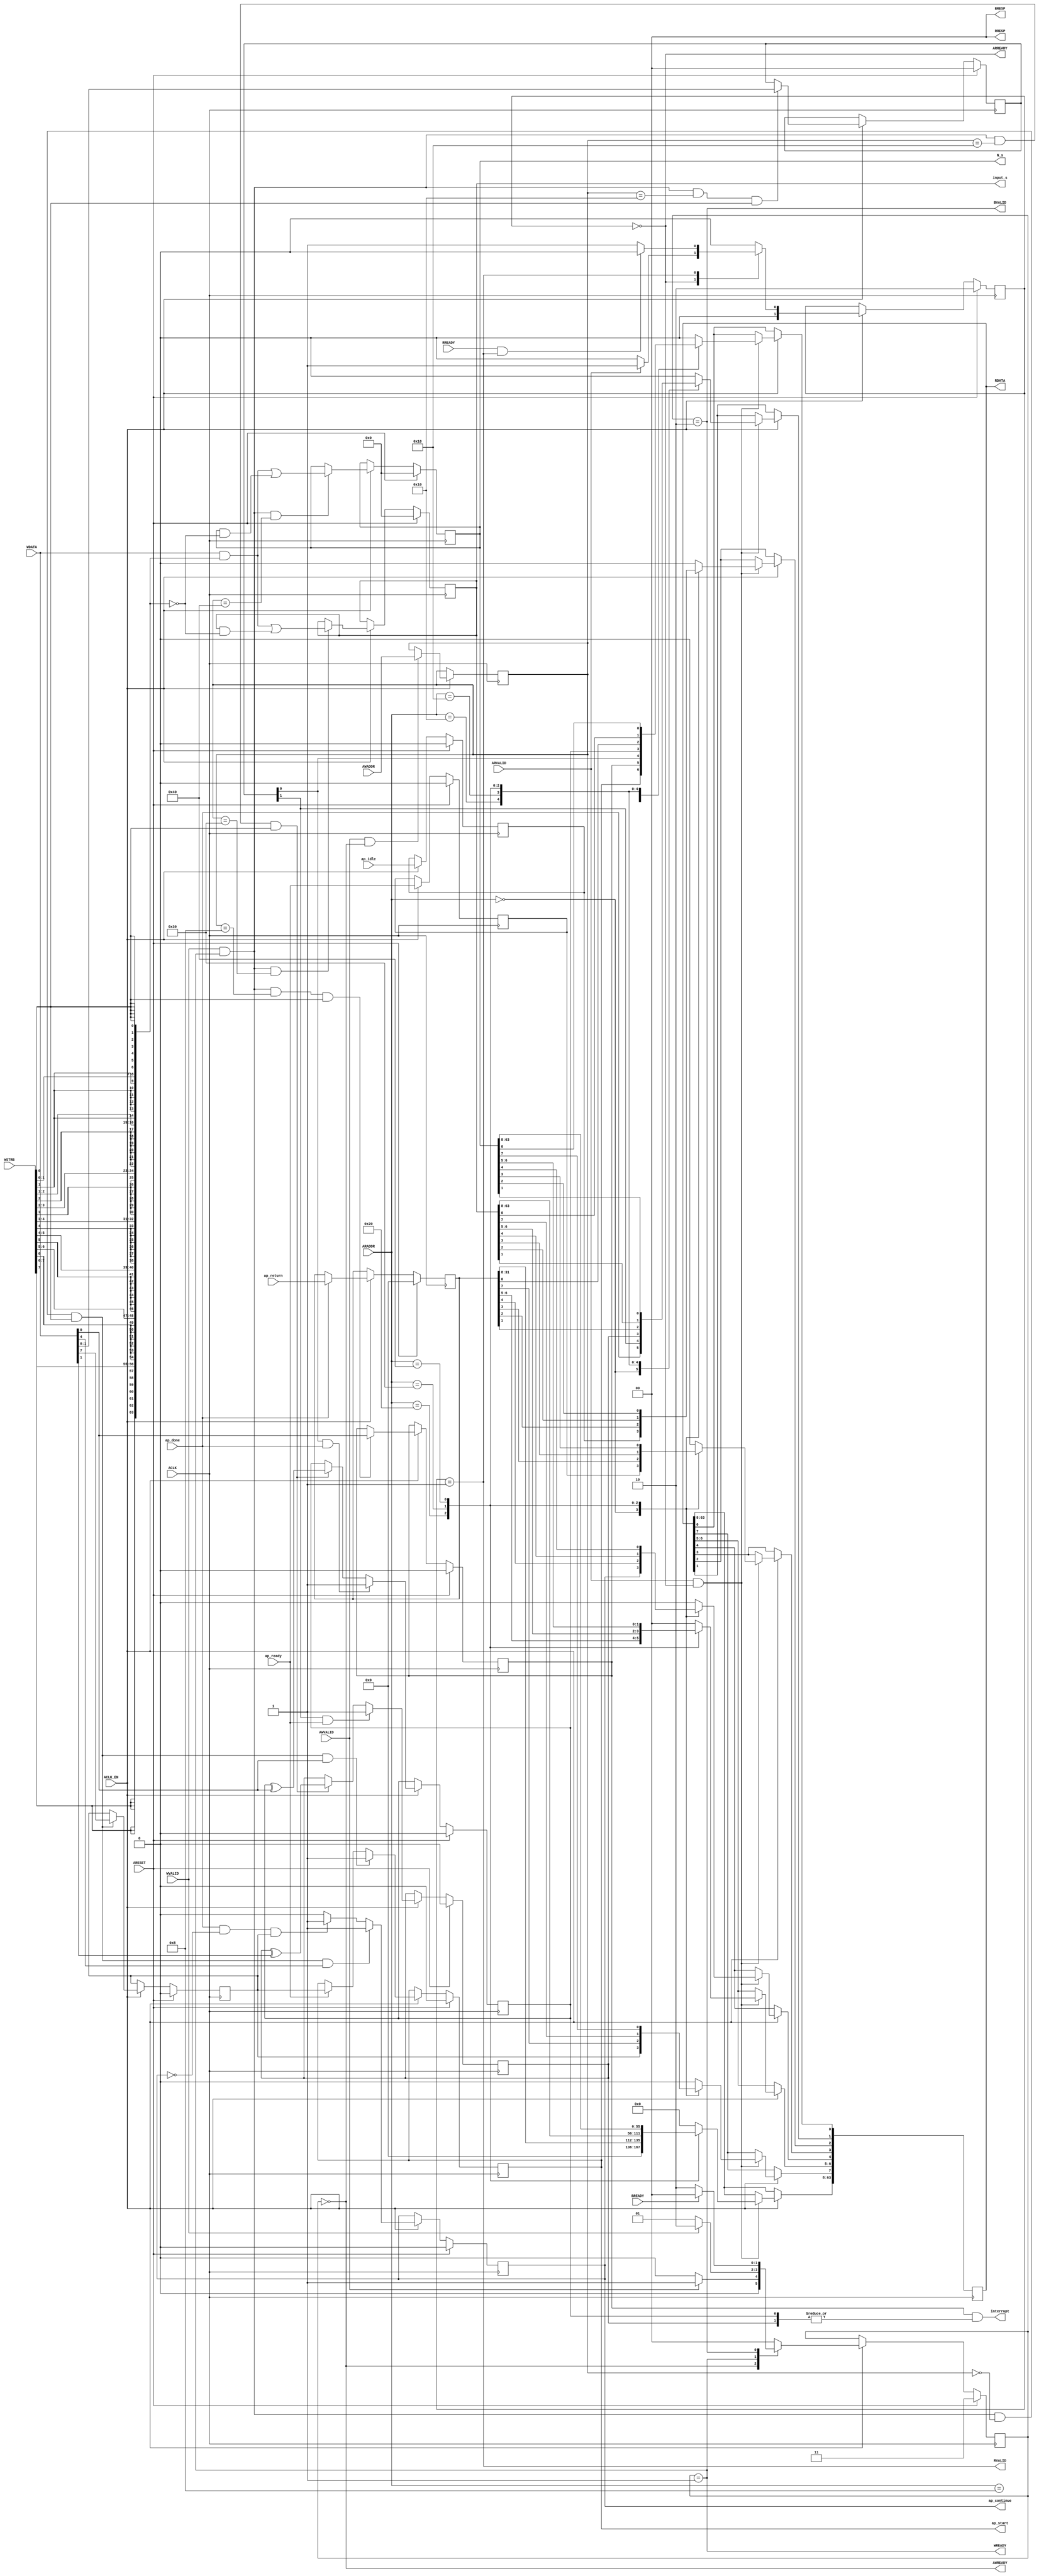
// ==============================================================
// Vitis HLS - High-Level Synthesis from C, C++ and OpenCL v2020.2 (64-bit)
// Copyright 1986-2020 Xilinx, Inc. All Rights Reserved.
// ==============================================================
`timescale 1ns/1ps
module hyperloglog_top_control_s_axi
#(parameter
    C_S_AXI_ADDR_WIDTH = 7,
    C_S_AXI_DATA_WIDTH = 64
)(
    input  wire                          ACLK,
    input  wire                          ARESET,
    input  wire                          ACLK_EN,
    input  wire [C_S_AXI_ADDR_WIDTH-1:0] AWADDR,
    input  wire                          AWVALID,
    output wire                          AWREADY,
    input  wire [C_S_AXI_DATA_WIDTH-1:0] WDATA,
    input  wire [C_S_AXI_DATA_WIDTH/8-1:0] WSTRB,
    input  wire                          WVALID,
    output wire                          WREADY,
    output wire [1:0]                    BRESP,
    output wire                          BVALID,
    input  wire                          BREADY,
    input  wire [C_S_AXI_ADDR_WIDTH-1:0] ARADDR,
    input  wire                          ARVALID,
    output wire                          ARREADY,
    output wire [C_S_AXI_DATA_WIDTH-1:0] RDATA,
    output wire [1:0]                    RRESP,
    output wire                          RVALID,
    input  wire                          RREADY,
    output wire                          interrupt,
    output wire                          ap_start,
    input  wire                          ap_done,
    input  wire                          ap_ready,
    output wire                          ap_continue,
    input  wire                          ap_idle,
    input  wire [31:0]                   ap_return,
    output wire [63:0]                   input_s,
    output wire [63:0]                   N_s
);
//------------------------Address Info-------------------
// 0x00 : Control signals
//        bit 0  - ap_start (Read/Write/COH)
//        bit 1  - ap_done (Read)
//        bit 2  - ap_idle (Read)
//        bit 3  - ap_ready (Read)
//        bit 4  - ap_continue (Read/Write/SC)
//        bit 7  - auto_restart (Read/Write)
//        others - reserved
// 0x08 : Global Interrupt Enable Register
//        bit 0  - Global Interrupt Enable (Read/Write)
//        others - reserved
// 0x10 : IP Interrupt Enable Register (Read/Write)
//        bit 0  - enable ap_done interrupt (Read/Write)
//        bit 1  - enable ap_ready interrupt (Read/Write)
//        others - reserved
// 0x18 : IP Interrupt Status Register (Read/TOW)
//        bit 0  - ap_done (COR/TOW)
//        bit 1  - ap_ready (COR/TOW)
//        others - reserved
// 0x20 : Data signal of ap_return
//        bit 31~0 - ap_return[31:0] (Read)
//        others   - reserved
// 0x30 : Data signal of input_s
//        bit 63~0 - input_s[63:0] (Read/Write)
// 0x38 : reserved
// 0x40 : Data signal of N_s
//        bit 63~0 - N_s[63:0] (Read/Write)
// 0x48 : reserved
// (SC = Self Clear, COR = Clear on Read, TOW = Toggle on Write, COH = Clear on Handshake)

//------------------------Parameter----------------------
localparam
    ADDR_AP_CTRL        = 7'h00,
    ADDR_GIE            = 7'h08,
    ADDR_IER            = 7'h10,
    ADDR_ISR            = 7'h18,
    ADDR_AP_RETURN_0    = 7'h20,
    ADDR_INPUT_S_DATA_0 = 7'h30,
    ADDR_INPUT_S_CTRL   = 7'h38,
    ADDR_N_S_DATA_0     = 7'h40,
    ADDR_N_S_CTRL       = 7'h48,
    WRIDLE              = 2'd0,
    WRDATA              = 2'd1,
    WRRESP              = 2'd2,
    WRRESET             = 2'd3,
    RDIDLE              = 2'd0,
    RDDATA              = 2'd1,
    RDRESET             = 2'd2,
    ADDR_BITS                = 7;

//------------------------Local signal-------------------
    reg  [1:0]                    wstate = WRRESET;
    reg  [1:0]                    wnext;
    reg  [ADDR_BITS-1:0]          waddr;
    wire [C_S_AXI_DATA_WIDTH-1:0] wmask;
    wire                          aw_hs;
    wire                          w_hs;
    reg  [1:0]                    rstate = RDRESET;
    reg  [1:0]                    rnext;
    reg  [C_S_AXI_DATA_WIDTH-1:0] rdata;
    wire                          ar_hs;
    wire [ADDR_BITS-1:0]          raddr;
    // internal registers
    reg                           int_ap_idle;
    reg                           int_ap_continue;
    reg                           int_ap_ready;
    wire                          int_ap_done;
    reg                           int_ap_start = 1'b0;
    reg                           int_auto_restart = 1'b0;
    reg                           int_gie = 1'b0;
    reg  [1:0]                    int_ier = 2'b0;
    reg  [1:0]                    int_isr = 2'b0;
    reg  [31:0]                   int_ap_return;
    reg  [63:0]                   int_input_s = 'b0;
    reg  [63:0]                   int_N_s = 'b0;

//------------------------Instantiation------------------


//------------------------AXI write fsm------------------
assign AWREADY = (wstate == WRIDLE);
assign WREADY  = (wstate == WRDATA);
assign BRESP   = 2'b00;  // OKAY
assign BVALID  = (wstate == WRRESP);
assign wmask   = { {8{WSTRB[7]}}, {8{WSTRB[6]}}, {8{WSTRB[5]}}, {8{WSTRB[4]}}, {8{WSTRB[3]}}, {8{WSTRB[2]}}, {8{WSTRB[1]}}, {8{WSTRB[0]}} };
assign aw_hs   = AWVALID & AWREADY;
assign w_hs    = WVALID & WREADY;

// wstate
always @(posedge ACLK) begin
    if (ARESET)
        wstate <= WRRESET;
    else if (ACLK_EN)
        wstate <= wnext;
end

// wnext
always @(*) begin
    case (wstate)
        WRIDLE:
            if (AWVALID)
                wnext = WRDATA;
            else
                wnext = WRIDLE;
        WRDATA:
            if (WVALID)
                wnext = WRRESP;
            else
                wnext = WRDATA;
        WRRESP:
            if (BREADY)
                wnext = WRIDLE;
            else
                wnext = WRRESP;
        default:
            wnext = WRIDLE;
    endcase
end

// waddr
always @(posedge ACLK) begin
    if (ACLK_EN) begin
        if (aw_hs)
            waddr <= AWADDR[ADDR_BITS-1:0];
    end
end

//------------------------AXI read fsm-------------------
assign ARREADY = (rstate == RDIDLE);
assign RDATA   = rdata;
assign RRESP   = 2'b00;  // OKAY
assign RVALID  = (rstate == RDDATA);
assign ar_hs   = ARVALID & ARREADY;
assign raddr   = ARADDR[ADDR_BITS-1:0];

// rstate
always @(posedge ACLK) begin
    if (ARESET)
        rstate <= RDRESET;
    else if (ACLK_EN)
        rstate <= rnext;
end

// rnext
always @(*) begin
    case (rstate)
        RDIDLE:
            if (ARVALID)
                rnext = RDDATA;
            else
                rnext = RDIDLE;
        RDDATA:
            if (RREADY & RVALID)
                rnext = RDIDLE;
            else
                rnext = RDDATA;
        default:
            rnext = RDIDLE;
    endcase
end

// rdata
always @(posedge ACLK) begin
    if (ACLK_EN) begin
        if (ar_hs) begin
            rdata <= 'b0;
            case (raddr)
                ADDR_AP_CTRL: begin
                    rdata[0] <= int_ap_start;
                    rdata[1] <= int_ap_done;
                    rdata[2] <= int_ap_idle;
                    rdata[3] <= int_ap_ready;
                    rdata[4] <= int_ap_continue;
                    rdata[7] <= int_auto_restart;
                end
                ADDR_GIE: begin
                    rdata <= int_gie;
                end
                ADDR_IER: begin
                    rdata <= int_ier;
                end
                ADDR_ISR: begin
                    rdata <= int_isr;
                end
                ADDR_AP_RETURN_0: begin
                    rdata <= int_ap_return[31:0];
                end
                ADDR_INPUT_S_DATA_0: begin
                    rdata <= int_input_s[63:0];
                end
                ADDR_N_S_DATA_0: begin
                    rdata <= int_N_s[63:0];
                end
            endcase
        end
    end
end


//------------------------Register logic-----------------
assign interrupt   = int_gie & (|int_isr);
assign ap_start    = int_ap_start;
assign int_ap_done = ap_done;
assign ap_continue = int_ap_continue;
assign input_s     = int_input_s;
assign N_s         = int_N_s;
// int_ap_start
always @(posedge ACLK) begin
    if (ARESET)
        int_ap_start <= 1'b0;
    else if (ACLK_EN) begin
        if (w_hs && waddr == ADDR_AP_CTRL && WSTRB[0] && WDATA[0])
            int_ap_start <= 1'b1;
        else if (ap_ready)
            int_ap_start <= int_auto_restart; // clear on handshake/auto restart
    end
end

// int_ap_idle
always @(posedge ACLK) begin
    if (ARESET)
        int_ap_idle <= 1'b0;
    else if (ACLK_EN) begin
            int_ap_idle <= ap_idle;
    end
end

// int_ap_ready
always @(posedge ACLK) begin
    if (ARESET)
        int_ap_ready <= 1'b0;
    else if (ACLK_EN) begin
            int_ap_ready <= ap_ready;
    end
end

// int_ap_continue
always @(posedge ACLK) begin
    if (ARESET)
        int_ap_continue <= 1'b0;
    else if (ACLK_EN) begin
        if (w_hs && waddr == ADDR_AP_CTRL && WSTRB[0] && WDATA[4])
            int_ap_continue <= 1'b1;
        else if (ap_done & ~int_ap_continue & int_auto_restart)
            int_ap_continue <= 1'b1; // auto restart
        else
            int_ap_continue <= 1'b0; // self clear
    end
end

// int_auto_restart
always @(posedge ACLK) begin
    if (ARESET)
        int_auto_restart <= 1'b0;
    else if (ACLK_EN) begin
        if (w_hs && waddr == ADDR_AP_CTRL && WSTRB[0])
            int_auto_restart <=  WDATA[7];
    end
end

// int_gie
always @(posedge ACLK) begin
    if (ARESET)
        int_gie <= 1'b0;
    else if (ACLK_EN) begin
        if (w_hs && waddr == ADDR_GIE && WSTRB[0])
            int_gie <= WDATA[0];
    end
end

// int_ier
always @(posedge ACLK) begin
    if (ARESET)
        int_ier <= 1'b0;
    else if (ACLK_EN) begin
        if (w_hs && waddr == ADDR_IER && WSTRB[0])
            int_ier <= WDATA[1:0];
    end
end

// int_isr[0]
always @(posedge ACLK) begin
    if (ARESET)
        int_isr[0] <= 1'b0;
    else if (ACLK_EN) begin
        if (int_ier[0] & ap_done)
            int_isr[0] <= 1'b1;
        else if (w_hs && waddr == ADDR_ISR && WSTRB[0])
            int_isr[0] <= int_isr[0] ^ WDATA[0]; // toggle on write
    end
end

// int_isr[1]
always @(posedge ACLK) begin
    if (ARESET)
        int_isr[1] <= 1'b0;
    else if (ACLK_EN) begin
        if (int_ier[1] & ap_ready)
            int_isr[1] <= 1'b1;
        else if (w_hs && waddr == ADDR_ISR && WSTRB[0])
            int_isr[1] <= int_isr[1] ^ WDATA[1]; // toggle on write
    end
end

// int_ap_return
always @(posedge ACLK) begin
    if (ARESET)
        int_ap_return <= 0;
    else if (ACLK_EN) begin
        if (ap_done)
            int_ap_return <= ap_return;
    end
end

// int_input_s[63:0]
always @(posedge ACLK) begin
    if (ARESET)
        int_input_s[63:0] <= 0;
    else if (ACLK_EN) begin
        if (w_hs && waddr == ADDR_INPUT_S_DATA_0)
            int_input_s[63:0] <= (WDATA[63:0] & wmask) | (int_input_s[63:0] & ~wmask);
    end
end

// int_N_s[63:0]
always @(posedge ACLK) begin
    if (ARESET)
        int_N_s[63:0] <= 0;
    else if (ACLK_EN) begin
        if (w_hs && waddr == ADDR_N_S_DATA_0)
            int_N_s[63:0] <= (WDATA[63:0] & wmask) | (int_N_s[63:0] & ~wmask);
    end
end


//------------------------Memory logic-------------------

endmodule